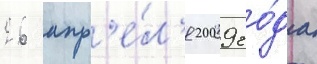
26 апр'е́л'я 2009 го́да